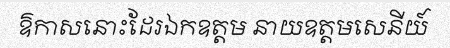
ឱកាសនោះដែរឯកឧត្តម នាយឧត្តមសេនីយ៍